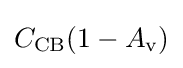
C_{\text{CB}}(1-A_{\text{v}})